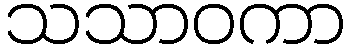
သသာဝကာ